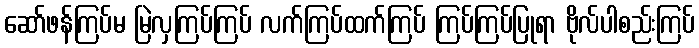
ဆော်ဖန်ကြပ်မ မြဲလှကြပ်ကြပ် လက်ကြပ်ထက်ကြပ် ကြပ်ကြပ်ပြုရာ ဗိုလ်ပါစည်းကြပ်